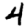
Digit: 4